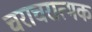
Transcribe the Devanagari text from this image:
चराचरात्मक